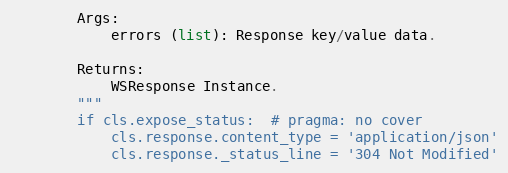
Language: Python
        Args:
            errors (list): Response key/value data.

        Returns:
            WSResponse Instance.
        """
        if cls.expose_status:  # pragma: no cover
            cls.response.content_type = 'application/json'
            cls.response._status_line = '304 Not Modified'